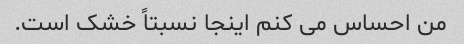
من احساس می کنم اینجا نسبتاً خشک است.